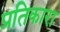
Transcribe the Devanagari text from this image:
प्रतिकारा